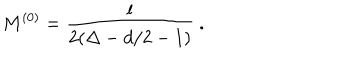
LaTeX: M ^ { ( 0 ) } = \frac { l } { 2 ( \Delta - d / 2 - 1 ) } ~ .